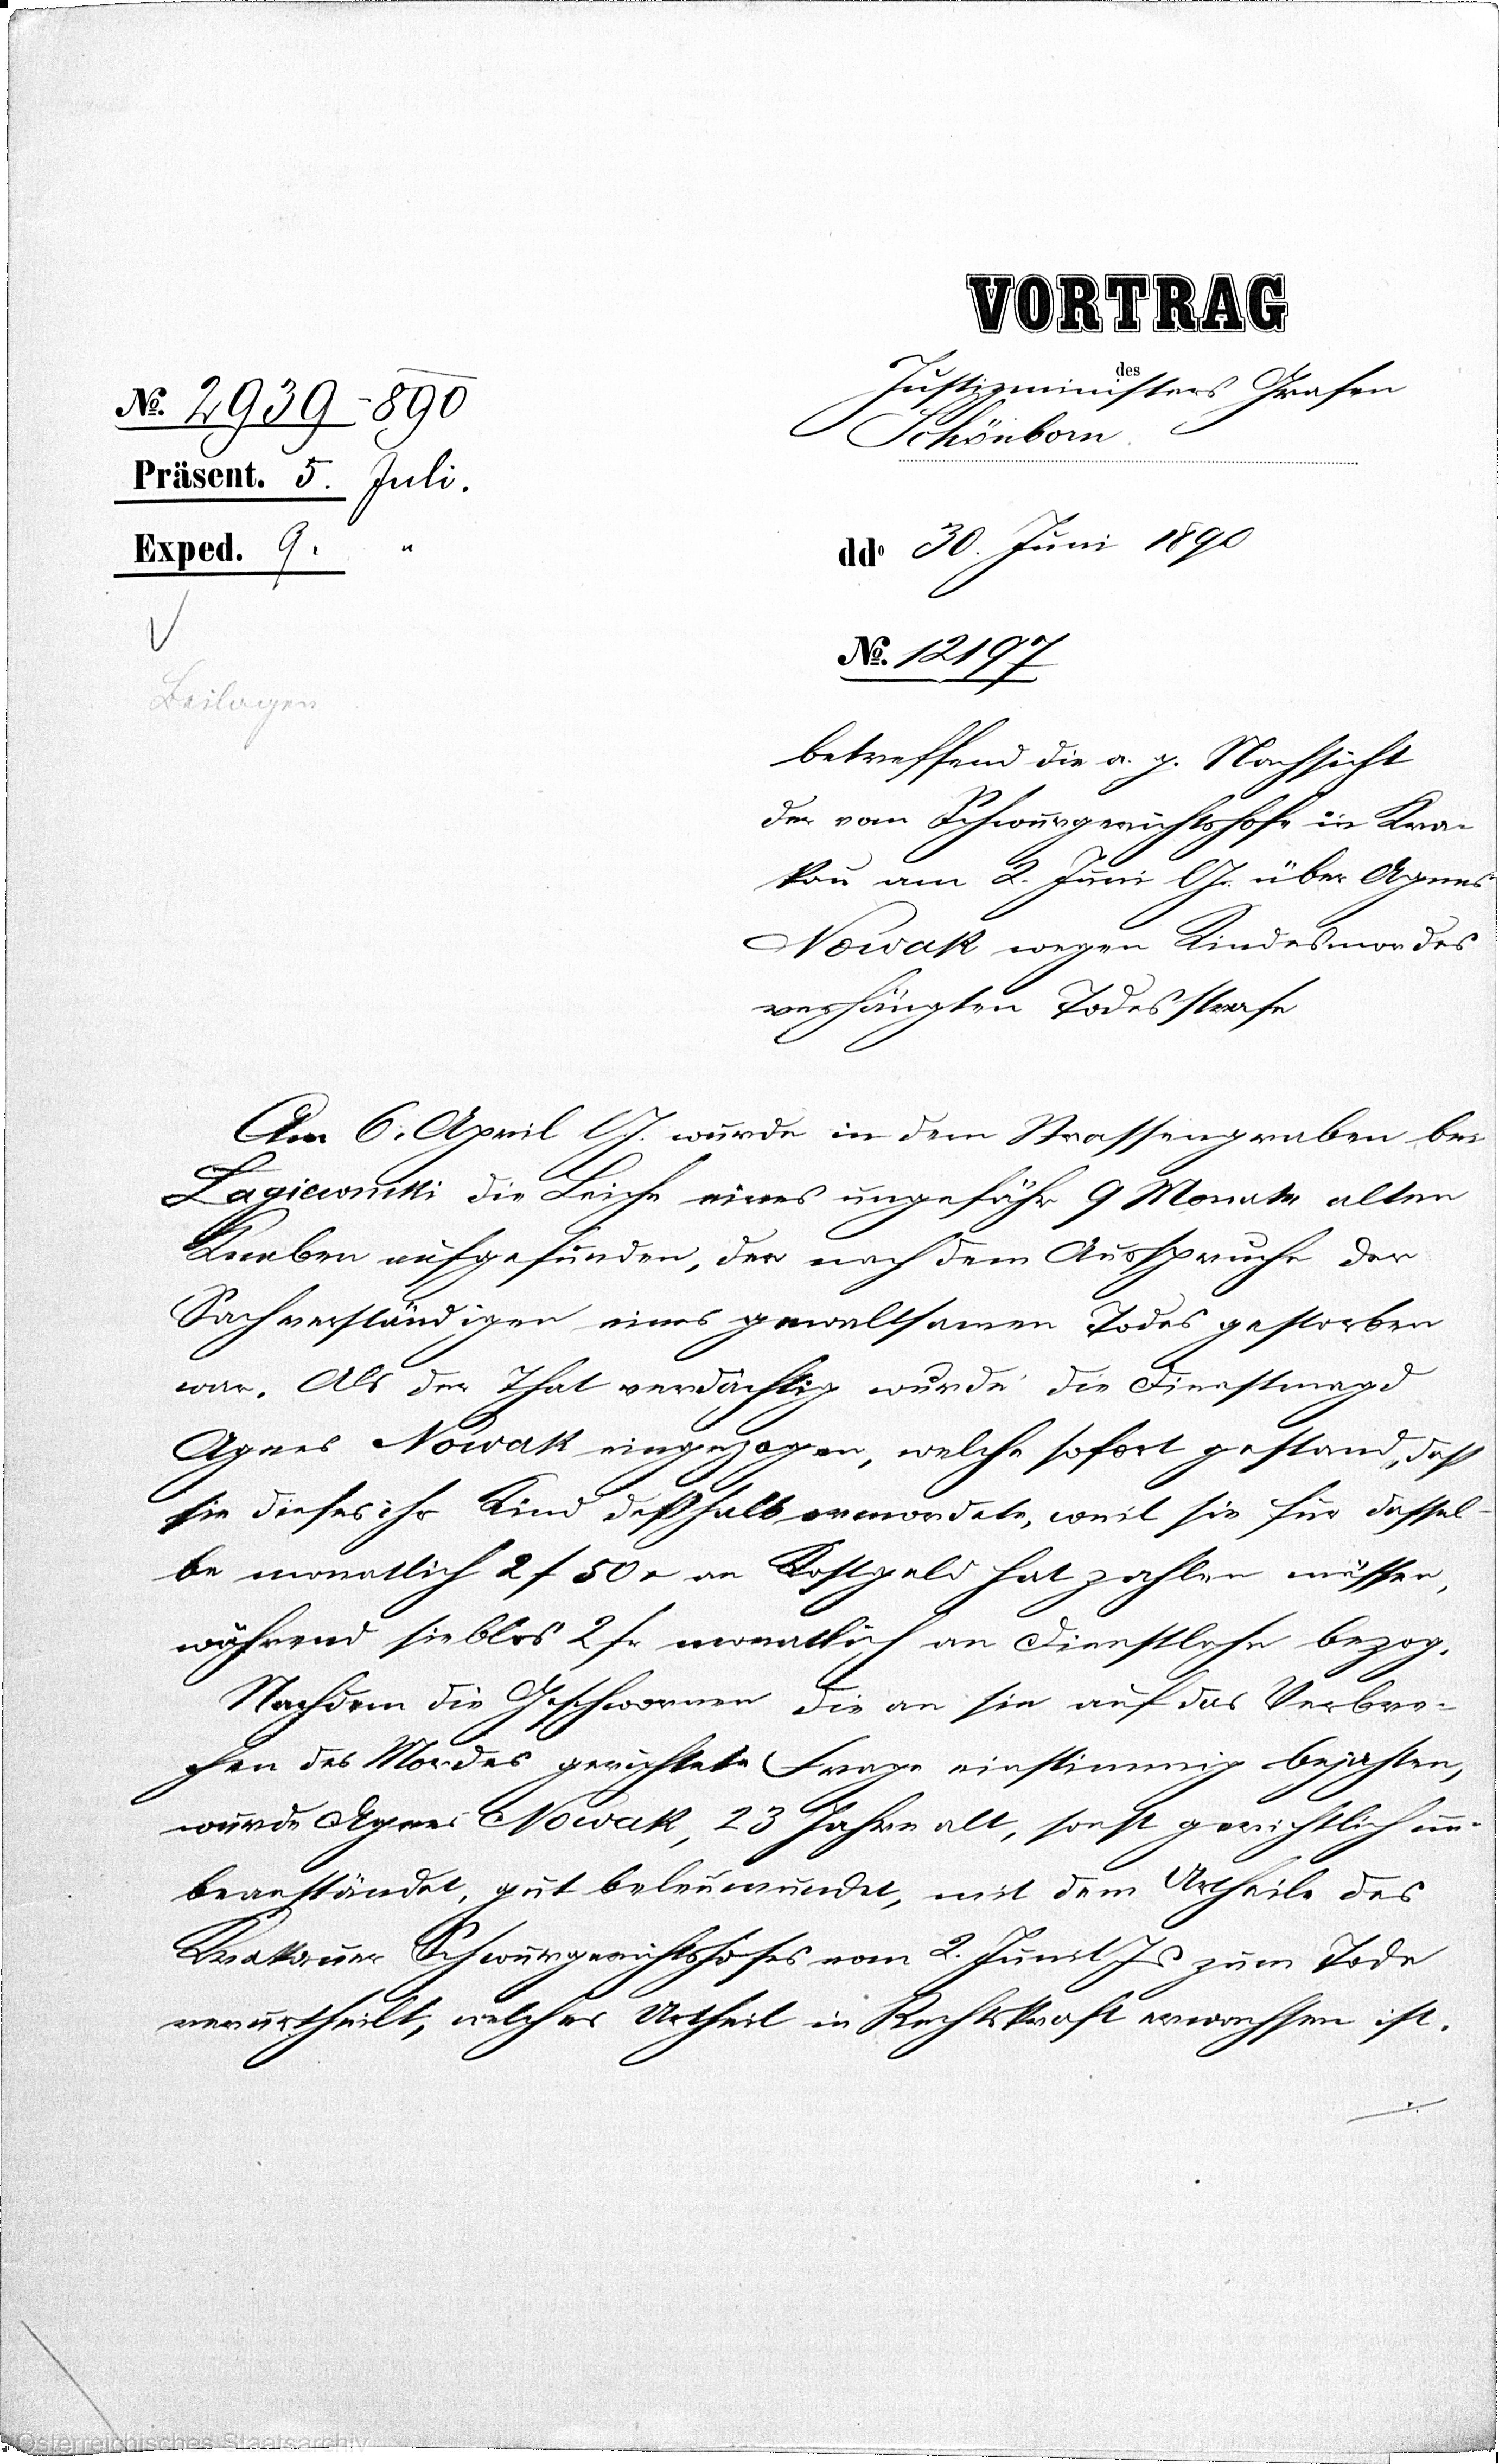
VORTRAG
des
Justizministers Grafen
Schönborn.
dd° 30. Juni 1890
Nr. 12197
betreffend die a. g. Nachsicht
der vom Schwurgerichtshofe in Kra¬
kau am 2. Juni G. über Agnes
Nowak wegen Kindesmordes
verhängten Todesstrafe
Am 6. April OJ. wurde in dem Strassengraben bei
Lagiewniki die Leiche eines ungefähr 9 Monate alten
Kneben aufgefunden, der nach dem Ausspruche der
Sachverständigen eines gewaltsamen Todes gestorben
war. Als der That verdächtig wurde die Dienstmagd
Agnes Nowak eingezogen, welche sofort gestand, daß
sie dieses ihr Kind deßhalb ermordete, weil sie für dassel¬
be monatlich 2f 50r an Kohlgeld hat zahlen müssen,
während sie blos 2 fr monatlich an Dienstlese bezog.
Nachdem die Geschwornen die an sie auf das Verbre¬
chen des Mordes gerichtete Frage einstimmig bejahten,
wurde Agnes Nowak, 23 Jahre alt, sonst gerichtlich un¬
beanständet, gut beleumundet, mit dem Urtheils des
Krakauer Schwurgerichtshofes vom 2. Juni xx zum Tode
verurtheilt, welcher Urtheil in Rechtskraft erwachsen ist.

Nr. 2939-890
Präsent. 5. Juli.
Exped. 9. Juli.
Beilagen